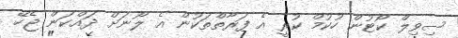
ސިވިލް ކޯޓުން ހުކުމް ކުރީ އެ ފަރާތްތަކުން އެ ލޯނަށް ދައްކަން ޖެހޭ